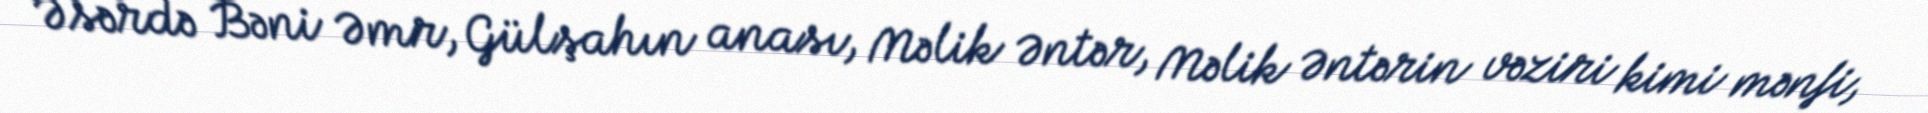
Əsərdə Bəni Əmr, Gülşahın anası, Məlik Əntər, Məlik Əntərin vəziri kimi mənfi,